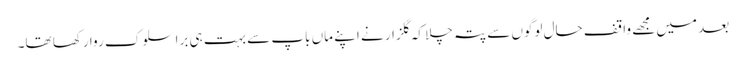
بعد میں مجھے واقفِ حال لوگوں سے پتہ چلا کہ گلزار نے اپنے ماں باپ سے بہت ہی برا سلوک روا رکھا تھا۔